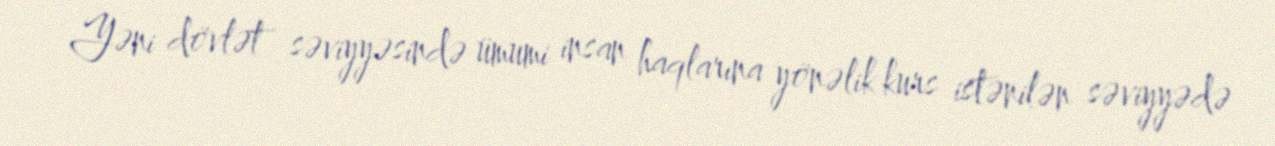
Yəni dövlət səviyyəsində ümumi insan haqlarına yönəlik kurs istənilən səviyyədə